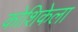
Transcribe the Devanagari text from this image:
कोशिकेला